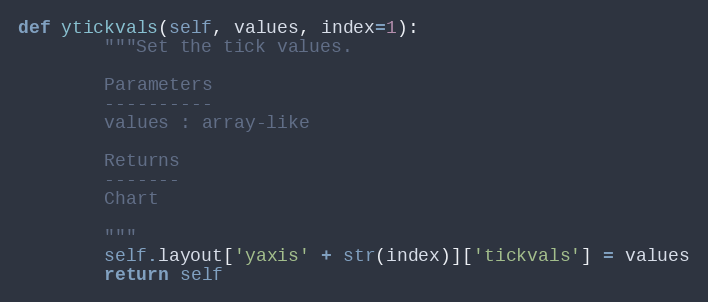
Language: Python
def ytickvals(self, values, index=1):
        """Set the tick values.

        Parameters
        ----------
        values : array-like

        Returns
        -------
        Chart

        """
        self.layout['yaxis' + str(index)]['tickvals'] = values
        return self